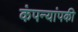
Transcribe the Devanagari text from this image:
कंपन्यांपकी